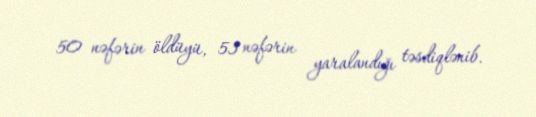
50 nəfərin öldüyü, 53 nəfərin yaralandığı təsdiqlənib.